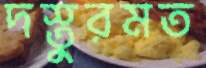
দস্তুরমত